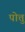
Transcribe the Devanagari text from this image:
पोत्तु